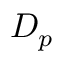
D _ { p }